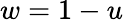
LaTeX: w=1-u